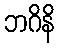
ဘဂိနိ